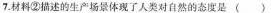
A. 依赖自然 B. 改造自然